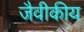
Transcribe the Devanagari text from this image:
जैवीकीय